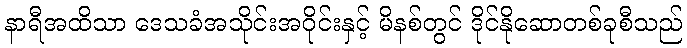
နာရီအထိသာ ဒေသခံအသိုင်းအဝိုင်းနှင့် မိနစ်တွင် ဒိုင်နိုဆောတစ်ခုစီသည်